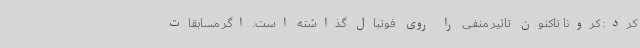
کرد: کرونا تاکنون تاثیر منفی را روی فوتبال گذاشته است. اگر مسابقات